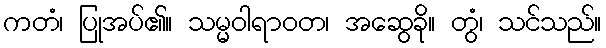
ကတံ၊ ပြုအပ်၏။ သမ္မဝါရာဝတ၊ အဆွေခို။ တွံ၊ သင်သည်။